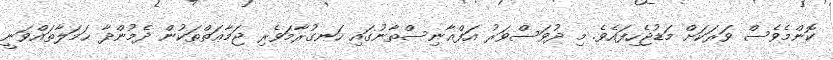
ކޮންމެވެސް ވަރަކަށް މަޑުޖެހިފައެވެ. މި ދުވަސްވަރު އަފްޣާނިސްތާނުގައި ހަނގުރާމަވެރި ޖަމާޢަތްތަކުން ދެމުންދާ ޙަމަލާތައްވަނީ